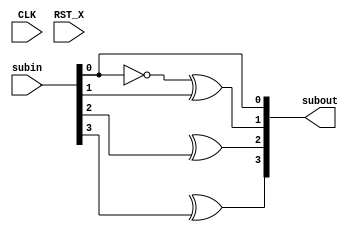
module TOP(CLK, RST_X, subin, subout);
  parameter WD = 4;
  input CLK;
  input RST_X;
  input [WD-1:0] subin;
  output [WD-1:0] subout;
  
  genvar j;
  generate for(j=0; j<WD; j=j+1) begin: subloop
    if(j == 0) begin: _subt
      wire tmp;
      assign subout[j] = subin[j];
      assign tmp = ~subin[j];
    end else begin: _subf
      wire tmp;
      if(j == 1) begin
        assign subout[j] = subloop[j-1]._subt.tmp ^ subin[j];
      end else begin
        assign subout[j] = subloop[j-1]._subf.tmp ^ subin[j];
      end
    end
  end endgenerate
    
endmodule